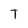
Character: T